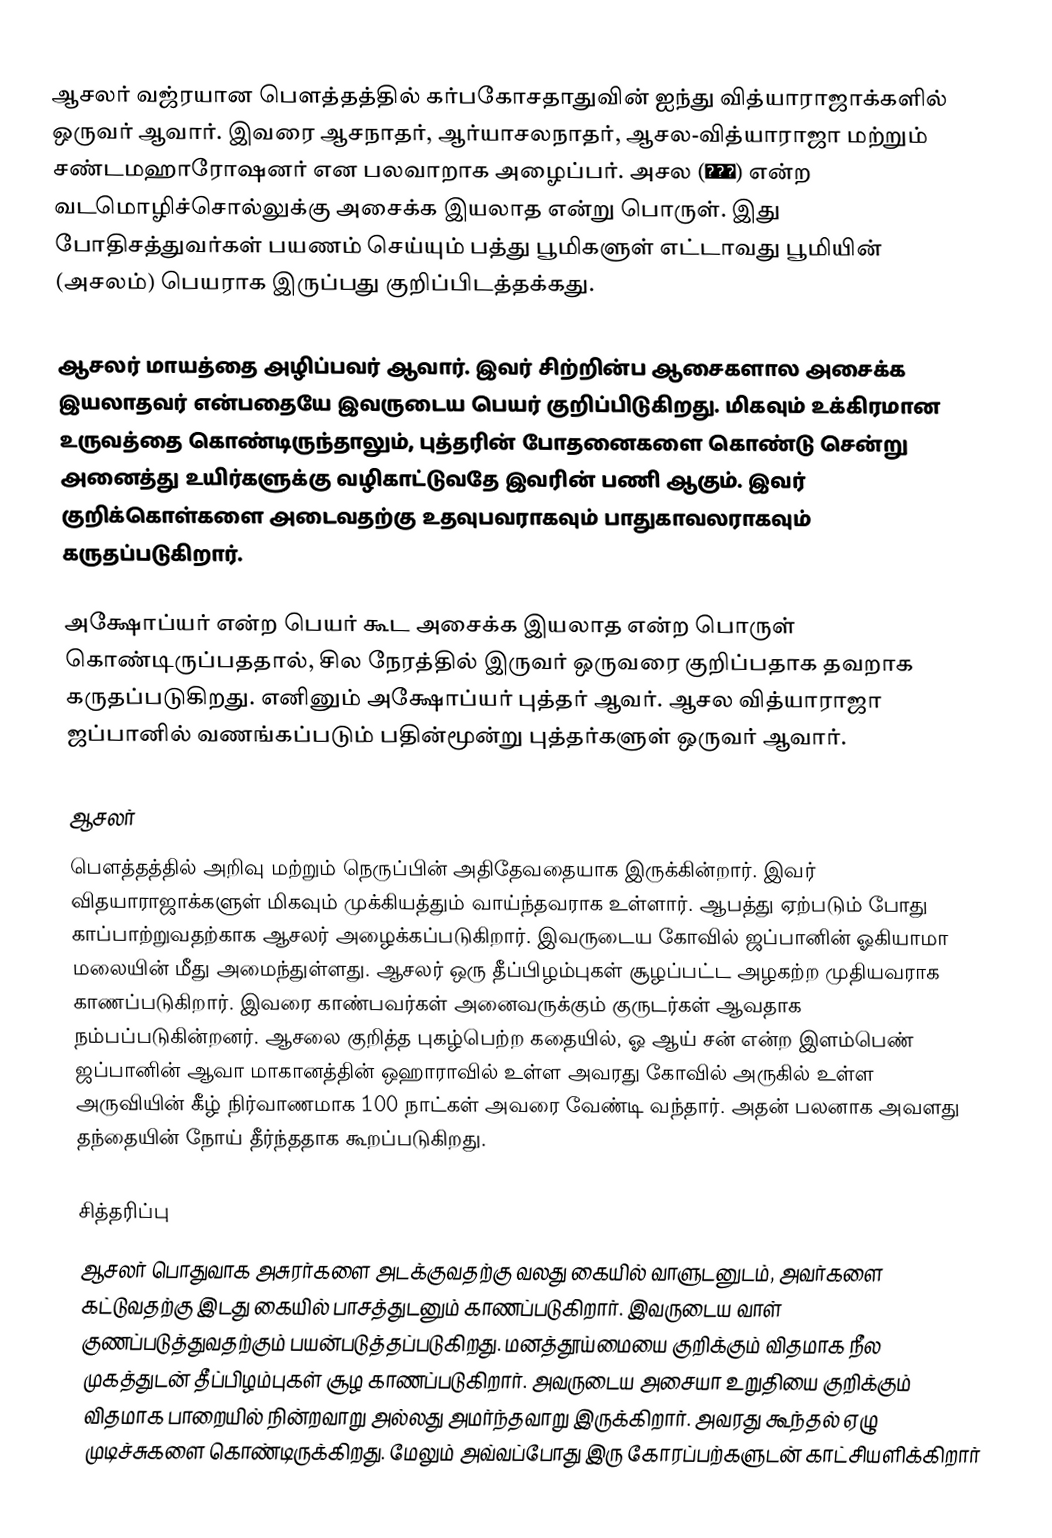
ஆசலர் வஜ்ரயான பௌத்தத்தில் கர்பகோசதாதுவின் ஐந்து வித்யாராஜாக்களில் ஒருவர் ஆவார். இவரை ஆசநாதர், ஆர்யாசலநாதர், ஆசல-வித்யாராஜா மற்றும் சண்டமஹாரோஷனர் என பலவாறாக அழைப்பர். அசல (अचल) என்ற வடமொழிச்சொல்லுக்கு அசைக்க இயலாத என்று பொருள். இது போதிசத்துவர்கள் பயணம் செய்யும் பத்து பூமிகளுள் எட்டாவது பூமியின் (அசலம்) பெயராக இருப்பது குறிப்பிடத்தக்கது.

ஆசலர் மாயத்தை அழிப்பவர் ஆவார். இவர் சிற்றின்ப ஆசைகளால அசைக்க இயலாதவர் என்பதையே இவருடைய பெயர் குறிப்பிடுகிறது. மிகவும் உக்கிரமான உருவத்தை கொண்டிருந்தாலும், புத்தரின் போதனைகளை கொண்டு சென்று அனைத்து உயிர்களுக்கு வழிகாட்டுவதே இவரின் பணி ஆகும். இவர் குறிக்கொள்களை அடைவதற்கு உதவுபவராகவும் பாதுகாவலராகவும் கருதப்படுகிறார்.

அக்ஷோப்யர் என்ற பெயர் கூட அசைக்க இயலாத என்ற பொருள் கொண்டிருப்பததால், சில நேரத்தில் இருவர் ஒருவரை குறிப்பதாக தவறாக கருதப்படுகிறது. எனினும் அக்ஷோப்யர் புத்தர் ஆவர். ஆசல வித்யாராஜா ஜப்பானில் வணங்கப்படும் பதின்மூன்று புத்தர்களுள் ஒருவர் ஆவார்.

ஆசலர்
பௌத்தத்தில் அறிவு மற்றும் நெருப்பின் அதிதேவதையாக இருக்கின்றார். இவர் விதயாராஜாக்களுள் மிகவும் முக்கியத்தும் வாய்ந்தவராக உள்ளார். ஆபத்து ஏற்படும் போது காப்பாற்றுவதற்காக ஆசலர் அழைக்கப்படுகிறார். இவருடைய கோவில் ஜப்பானின் ஓகியாமா மலையின் மீது அமைந்துள்ளது. ஆசலர் ஒரு தீப்பிழம்புகள் சூழப்பட்ட அழகற்ற முதியவராக காணப்படுகிறார். இவரை காண்பவர்கள் அனைவருக்கும் குருடர்கள் ஆவதாக நம்பப்படுகின்றனர். ஆசலை குறித்த புகழ்பெற்ற கதையில், ஓ ஆய் சன் என்ற இளம்பெண் ஜப்பானின் ஆவா மாகானத்தின் ஒஹாராவில் உள்ள அவரது கோவில் அருகில் உள்ள அருவியின் கீழ் நிர்வாணமாக 100 நாட்கள் அவரை வேண்டி வந்தார். அதன் பலனாக அவளது தந்தையின் நோய் தீர்ந்ததாக கூறப்படுகிறது.

சித்தரிப்பு
ஆசலர் பொதுவாக அசுரர்களை அடக்குவதற்கு வலது கையில் வாளுடனுடம், அவர்களை கட்டுவதற்கு இடது கையில் பாசத்துடனும் காணப்படுகிறார். இவருடைய வாள் குணப்படுத்துவதற்கும் பயன்படுத்தப்படுகிறது. மனத்தூய்மையை குறிக்கும் விதமாக நீல முகத்துடன் தீப்பிழம்புகள் சூழ காணப்படுகிறார். அவருடைய அசையா உறுதியை குறிக்கும் விதமாக பாறையில் நின்றவாறு அல்லது அமர்ந்தவாறு இருக்கிறார். அவரது கூந்தல் ஏழு முடிச்சுகளை கொண்டிருக்கிறது. மேலும் அவ்வப்போது இரு கோரப்பற்களுடன் காட்சியளிக்கிறார்